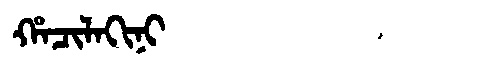
Manchu: ᡥᠠᠴᡳᠯᠠᡴᡳᠨᡳ
Romanization: HACILAKINI